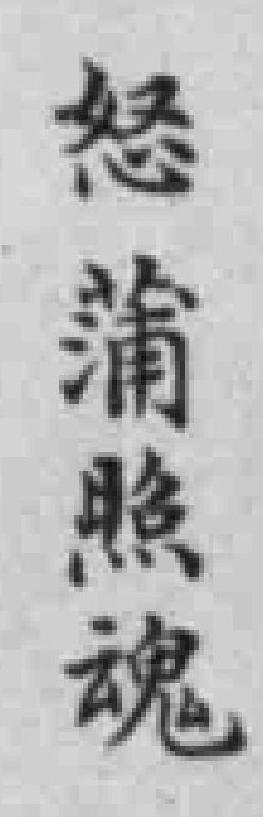
怒蒲照魂